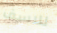
للاسف